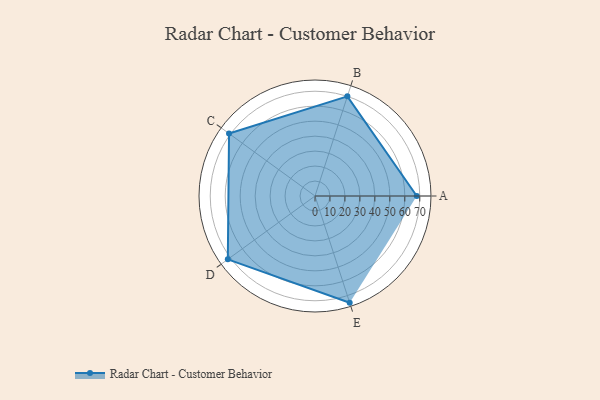
{"axis": {"x": "Skill", "y": "Score"}, "legend": ["Profile"], "data": [{"x": "A", "y": 68.0, "type": "Profile"}, {"x": "B", "y": 70.0, "type": "Profile"}, {"x": "C", "y": 71.0, "type": "Profile"}, {"x": "D", "y": 72.0, "type": "Profile"}, {"x": "E", "y": 75.0, "type": "Profile"}]}